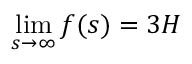
\operatorname* { l i m } _ { s \to \infty } f ( s ) = 3 H